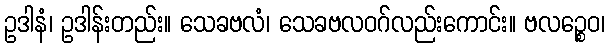
ဥဒါနံ၊ ဥဒါန်းတည်း။ သေခဗလံ၊ သေခဗလဝဂ်လည်းကောင်း။ ဗလဉ္စေဝ၊